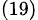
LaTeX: _{(19)}